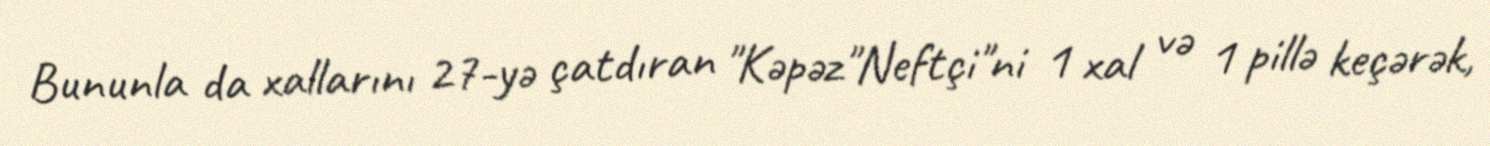
Bununla da xallarını 27-yə çatdıran "Kəpəz"Neftçi"ni 1 xal və 1 pillə keçərək,